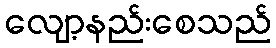
လျော့နည်းစေသည်